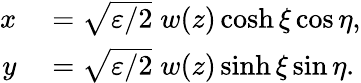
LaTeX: \begin{array}{rl}{x}&{{}={\sqrt{\varepsilon/2}}\; w(z)\cosh\xi\cos\eta,}\\ {y}&{{}={\sqrt{\varepsilon/2}}\; w(z)\sinh\xi\sin\eta.}\end{array}